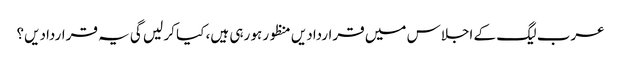
عرب لیگ کے اجلاس میں قراردادیں منظور ہو رہی ہیں، کیا کر لیں گی یہ قراردادیں؟